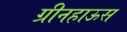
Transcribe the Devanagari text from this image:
ग्रीनहाऊस